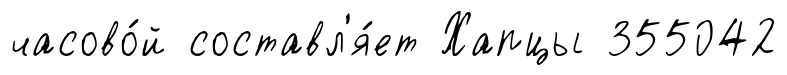
часово́й составл'я́ет Хапцы 355042